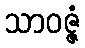
သာဝဇ္ဇံ